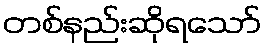
တစ်နည်းဆိုရသော်